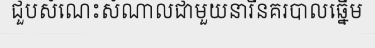
ជួបសំណេះសំណាលជាមួយនារីនគរបាលឆ្នើម